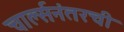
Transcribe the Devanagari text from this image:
चार्ल्सनंतरची